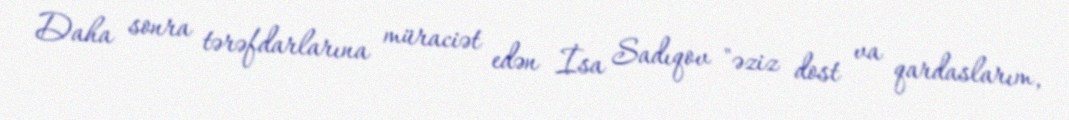
Daha sonra tərəfdarlarına müraciət edən İsa Sadıqov "əziz dost va qardaslarım,